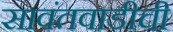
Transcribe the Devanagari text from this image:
सावंतवाडीची